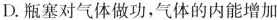
D.瓶塞对气体做功，气体的内能增加